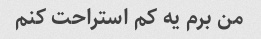
من برم یه کم استراحت کنم